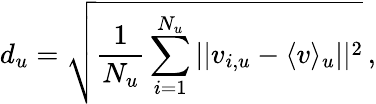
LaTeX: d_{u}=\sqrt{\frac{1}{N_{u}}\sum_{i=1}^{N_{u}}||v_{i,u}-\langle v\rangle_{u}||^{2}}\, ,